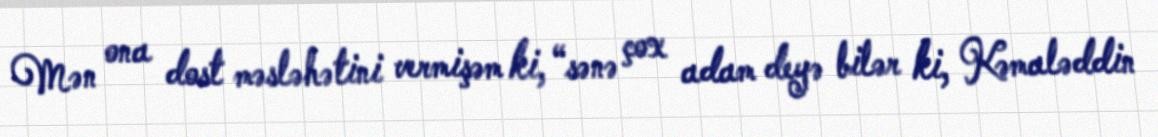
Mən ona dost məsləhətini vermişəm ki, “sənə çox adam deyə bilər ki, Kəmaləddin